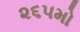
૨૬૫મો